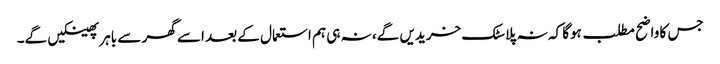
جس کا واضح مطلب ہوگا کہ نہ پلاسٹک خریدیں گے، نہ ہی ہم استعمال کے بعد اسے گھر سے باہر پھینکیں گے۔